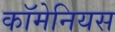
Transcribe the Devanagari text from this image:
कॉमेनियस